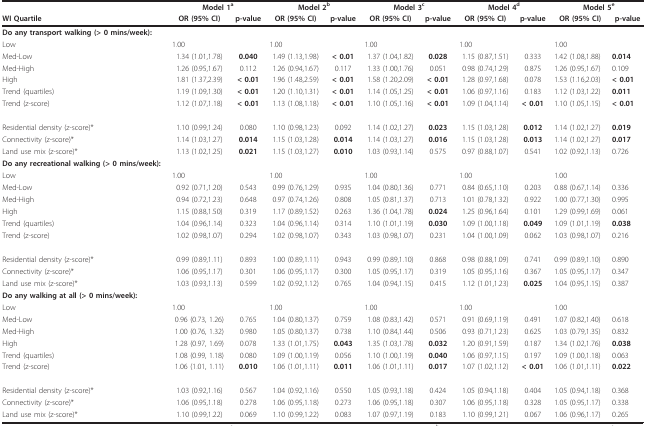
<table><thead><tr><td></td><td colspan="2"><b>Model 1<sup>a</sup></b></td><td colspan="2"><b>Model 2<sup>b</sup></b></td><td colspan="2"><b>Model 3<sup>c</sup></b></td><td colspan="2"><b>Model 4<sup>d</sup></b></td><td colspan="2"><b>Model 5<sup>e</sup></b></td></tr><tr><td><b>WI Quartile</b></td><td><b>OR (95% CI)</b></td><td><b>p-value</b></td><td><b>OR (95% CI)</b></td><td><b>p-value</b></td><td><b>OR (95% CI)</b></td><td><b>p-value</b></td><td><b>OR (95% CI)</b></td><td><b>p-value</b></td><td><b>OR (95% CI)</b></td><td><b>p-value</b></td></tr></thead><tbody><tr><td><b>Do any transport walking (&gt; 0 mins/week):</b></td><td></td><td></td><td></td><td></td><td></td><td></td><td></td><td></td><td></td><td></td></tr><tr><td>Low</td><td>1.00</td><td></td><td>1.00</td><td></td><td>1.00</td><td></td><td>1.00</td><td></td><td>1.00</td><td></td></tr><tr><td>Med-Low</td><td>1.34 (1.01,1.78)</td><td><b>0.040</b></td><td>1.49 (1.13,1.98)</td><td><b>&lt; 0.01</b></td><td>1.37 (1.04,1.82)</td><td><b>0.028</b></td><td>1.15 (0.87,1.51)</td><td>0.333</td><td>1.42 (1.08,1.88)</td><td><b>0.014</b></td></tr><tr><td>Med-High</td><td>1.26 (0.95,1.67)</td><td>0.112</td><td>1.26 (0.94,1.67)</td><td>0.117</td><td>1.33 (1.00,1.76)</td><td>0.051</td><td>0.98 (0.74,1.29)</td><td>0.875</td><td>1.26 (0.95,1.67)</td><td>0.109</td></tr><tr><td>High</td><td>1.81 (1.37,2.39)</td><td><b>&lt; 0.01</b></td><td>1.96 (1.48,2.59)</td><td><b>&lt; 0.01</b></td><td>1.58 (1.20,2.09)</td><td><b>&lt; 0.01</b></td><td>1.28 (0.97,1.68)</td><td>0.078</td><td>1.53 (1.16,2.03)</td><td><b>&lt; 0.01</b></td></tr><tr><td>Trend (quartiles)</td><td>1.19 (1.09,1.30)</td><td><b>&lt; 0.01</b></td><td>1.20 (1.10,1.31)</td><td><b>&lt; 0.01</b></td><td>1.14 (1.05,1.25)</td><td><b>&lt; 0.01</b></td><td>1.06 (0.97,1.16)</td><td>0.183</td><td>1.12 (1.03,1.22)</td><td><b>0.011</b></td></tr><tr><td>Trend (z-score)</td><td>1.12 (1.07,1.18)</td><td><b>&lt; 0.01</b></td><td>1.13 (1.08,1.18)</td><td><b>&lt; 0.01</b></td><td>1.10 (1.05,1.16)</td><td><b>&lt; 0.01</b></td><td>1.09 (1.04,1.14)</td><td><b>&lt; 0.01</b></td><td>1.10 (1.05,1.15)</td><td><b>&lt; 0.01</b></td></tr><tr><td>Residential density (z-score)*</td><td>1.10 (0.99,1.24)</td><td>0.080</td><td>1.10 (0.98,1.23)</td><td>0.092</td><td>1.14 (1.02,1.27)</td><td><b>0.023</b></td><td>1.15 (1.03,1.28)</td><td><b>0.012</b></td><td>1.14 (1.02,1.27)</td><td><b>0.019</b></td></tr><tr><td>Connectivity (z-score)*</td><td>1.14 (1.03,1.27)</td><td><b>0.014</b></td><td>1.15 (1.03,1.28)</td><td><b>0.014</b></td><td>1.14 (1.03,1.27)</td><td><b>0.016</b></td><td>1.15 (1.03,1.28)</td><td><b>0.013</b></td><td>1.14 (1.02,1.27)</td><td><b>0.017</b></td></tr><tr><td>Land use mix (z-score)*</td><td>1.13 (1.02,1.25)</td><td><b>0.021</b></td><td>1.15 (1.03,1.27)</td><td><b>0.010</b></td><td>1.03 (0.93,1.14)</td><td>0.575</td><td>0.97 (0.88,1.07)</td><td>0.541</td><td>1.02 (0.92,1.13)</td><td>0.726</td></tr><tr><td><b>Do any recreational walking (&gt; 0 mins/week):</b></td><td></td><td></td><td></td><td></td><td></td><td></td><td></td><td></td><td></td><td></td></tr><tr><td>Low</td><td>1.00</td><td></td><td>1.00</td><td></td><td>1.00</td><td></td><td>1.00</td><td></td><td>1.00</td><td></td></tr><tr><td>Med-Low</td><td>0.92 (0.71,1.20)</td><td>0.543</td><td>0.99 (0.76,1.29)</td><td>0.935</td><td>1.04 (0.80,1.36)</td><td>0.771</td><td>0.84 (0.65,1.10)</td><td>0.203</td><td>0.88 (0.67,1.14)</td><td>0.336</td></tr><tr><td>Med-High</td><td>0.94 (0.72,1.23)</td><td>0.648</td><td>0.97 (0.74,1.26)</td><td>0.808</td><td>1.05 (0.81,1.37)</td><td>0.713</td><td>1.01 (0.78,1.32)</td><td>0.922</td><td>1.00 (0.77,1.30)</td><td>0.995</td></tr><tr><td>High</td><td>1.15 (0.88,1.50)</td><td>0.319</td><td>1.17 (0.89,1.52)</td><td>0.263</td><td>1.36 (1.04,1.78)</td><td><b>0.024</b></td><td>1.25 (0.96,1.64)</td><td>0.101</td><td>1.29 (0.99,1.69)</td><td>0.061</td></tr><tr><td>Trend (quartiles)</td><td>1.04 (0.96,1.14)</td><td>0.323</td><td>1.04 (0.96,1.14)</td><td>0.314</td><td>1.10 (1.01,1.19)</td><td><b>0.030</b></td><td>1.09 (1.00,1.18)</td><td><b>0.049</b></td><td>1.09 (1.01,1.19)</td><td><b>0.038</b></td></tr><tr><td>Trend (z-score)</td><td>1.02 (0.98,1.07)</td><td>0.294</td><td>1.02 (0.98,1.07)</td><td>0.343</td><td>1.03 (0.98,1.07)</td><td>0.231</td><td>1.04 (1.00,1.09)</td><td>0.062</td><td>1.03 (0.98,1.07)</td><td>0.216</td></tr><tr><td>Residential density (z-score)*</td><td>0.99 (0.89,1.11)</td><td>0.893</td><td>1.00 (0.89,1.11)</td><td>0.943</td><td>0.99 (0.89,1.10)</td><td>0.868</td><td>0.98 (0.88,1.09)</td><td>0.741</td><td>0.99 (0.89,1.10)</td><td>0.890</td></tr><tr><td>Connectivity (z-score)*</td><td>1.06 (0.95,1.17)</td><td>0.301</td><td>1.06 (0.95,1.17)</td><td>0.300</td><td>1.05 (0.95,1.17)</td><td>0.319</td><td>1.05 (0.95,1.16)</td><td>0.367</td><td>1.05 (0.95,1.17)</td><td>0.347</td></tr><tr><td>Land use mix (z-score)*</td><td>1.03 (0.93,1.13)</td><td>0.599</td><td>1.02 (0.92,1.12)</td><td>0.765</td><td>1.04 (0.94,1.15)</td><td>0.415</td><td>1.12 (1.01,1.23)</td><td><b>0.025</b></td><td>1.04 (0.95,1.15)</td><td>0.387</td></tr><tr><td><b>Do any walking at all (&gt; 0 mins/week):</b></td><td></td><td></td><td></td><td></td><td></td><td></td><td></td><td></td><td></td><td></td></tr><tr><td>Low</td><td>1.00</td><td></td><td>1.00</td><td></td><td>1.00</td><td></td><td>1.00</td><td></td><td>1.00</td><td></td></tr><tr><td>Med-Low</td><td>0.96 (0.73, 1.26)</td><td>0.765</td><td>1.04 (0.80,1.37)</td><td>0.759</td><td>1.08 (0.83,1.42)</td><td>0.571</td><td>0.91 (0.69,1.19)</td><td>0.491</td><td>1.07 (0.82,1.40)</td><td>0.618</td></tr><tr><td>Med-High</td><td>1.00 (0.76, 1.32)</td><td>0.980</td><td>1.05 (0.80,1.37)</td><td>0.738</td><td>1.10 (0.84,1.44)</td><td>0.506</td><td>0.93 (0.71,1.23)</td><td>0.625</td><td>1.03 (0.79,1.35)</td><td>0.832</td></tr><tr><td>High</td><td>1.28 (0.97, 1.69)</td><td>0.078</td><td>1.33 (1.01,1.75)</td><td><b>0.043</b></td><td>1.35 (1.03,1.78)</td><td><b>0.032</b></td><td>1.20 (0.91,1.59)</td><td>0.187</td><td>1.34 (1.02,1.76)</td><td><b>0.038</b></td></tr><tr><td>Trend (quartiles)</td><td>1.08 (0.99, 1.18)</td><td>0.080</td><td>1.09 (1.00,1.19)</td><td>0.056</td><td>1.10 (1.00,1.19)</td><td><b>0.040</b></td><td>1.06 (0.97,1.15)</td><td>0.197</td><td>1.09 (1.00,1.18)</td><td>0.063</td></tr><tr><td>Trend (z-score)</td><td>1.06 (1.01, 1.11)</td><td><b>0.010</b></td><td>1.06 (1.01,1.11)</td><td><b>0.011</b></td><td>1.06 (1.01,1.11)</td><td><b>0.017</b></td><td>1.07 (1.02,1.12)</td><td><b>&lt; 0.01</b></td><td>1.06 (1.01,1.11)</td><td><b>0.022</b></td></tr><tr><td>Residential density (z-score)*</td><td>1.03 (0.92,1.16)</td><td>0.567</td><td>1.04 (0.92,1.16)</td><td>0.550</td><td>1.05 (0.93,1.18)</td><td>0.424</td><td>1.05 (0.94,1.18)</td><td>0.404</td><td>1.05 (0.94,1.18)</td><td>0.368</td></tr><tr><td>Connectivity (z-score)*</td><td>1.06 (0.95,1.18)</td><td>0.278</td><td>1.06 (0.95,1.18)</td><td>0.273</td><td>1.06 (0.95,1.18)</td><td>0.307</td><td>1.06 (0.95,1.18)</td><td>0.328</td><td>1.05 (0.95,1.17)</td><td>0.338</td></tr><tr><td>Land use mix (z-score)*</td><td>1.10 (0.99,1.22)</td><td>0.069</td><td>1.10 (0.99,1.22)</td><td>0.083</td><td>1.07 (0.97,1.19)</td><td>0.183</td><td>1.10 (0.99,1.21)</td><td>0.067</td><td>1.06 (0.96,1.17)</td><td>0.265</td></tr></tbody></table>